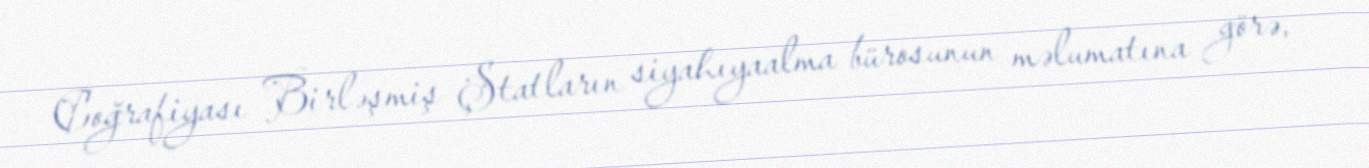
Coğrafiyası Birləşmiş Ştatların siyahıyaalma bürosunun məlumatına görə,